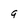
Character: g